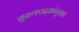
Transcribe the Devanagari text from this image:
सुव्रणपदकांनुसार